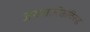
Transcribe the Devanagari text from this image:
जयललितांविरुद्ध